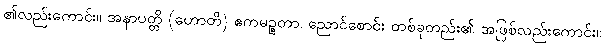
၏လည်းကောင်း။ အနာပတ္တိ (ဟောတိ) ဧကမဉ္စတာ၊ ညောင်စောင်း တစ်ခုတည်း၏ အဖြစ်လည်းကောင်း။